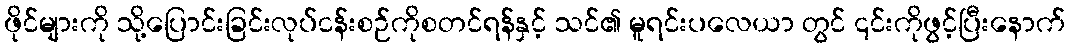
ဖိုင်များကို သို့ပြောင်းခြင်းလုပ်ငန်းစဉ်ကိုစတင်ရန်နှင့် သင်၏ မူရင်းပလေယာ တွင် ၎င်းကိုဖွင့်ပြီးနောက်